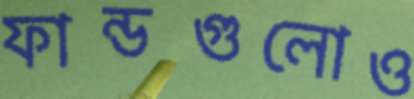
ফান্ডগুলোও